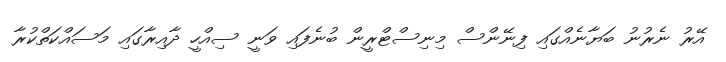
އޭރު ނެރުނު ބަޔާނެއްގައި ފިނޭންސް މިނިސްޓްރީން ބުނެފައި ވަނީ ސިއްހީ ދާއިރާގައި މަސައްކަތްކުރާ